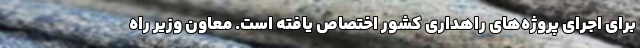
برای اجرای پروژه‌های راهداری کشور اختصاص یافته است. معاون وزیر راه